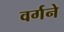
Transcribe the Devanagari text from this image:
वर्गने